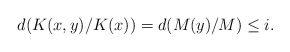
\begin{align*} d(K(x,y)/K(x) )= d (M(y)/M) \leq i .\end{align*}